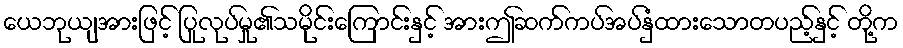
ယေဘုယျအားဖြင့် ပြုလုပ်မှု၏သမိုင်းကြောင်းနှင့် အားဤဆက်ကပ်အပ်နှံထားသောတပည့်နှင့် တို့က